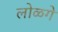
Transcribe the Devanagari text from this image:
लोळगे